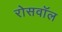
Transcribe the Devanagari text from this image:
रोसवॉल